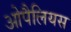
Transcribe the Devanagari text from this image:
ओपैलियस